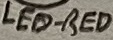
Text: LED-RED